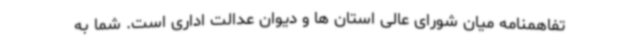
تفاهمنامه میان شورای عالی استان ها و دیوان عدالت اداری است. شما به